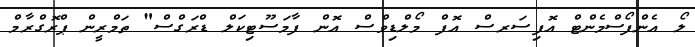
ލޯ އެންފޯސްމެންޓް އޮފިސަރސް އޮފް މޯލްޑިވްސް އޮން ފާމަސޫޓިކަލް ޑްރަގްސް" ތަމްރީން ޕްރޮގްރާމް